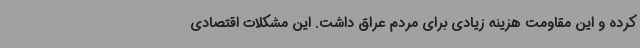
کرده و این مقاومت هزینه زیادی برای مردم عراق داشت. این مشکلات اقتصادی